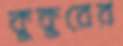
কুকুরের